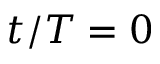
t / T = 0